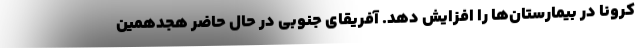
کرونا در بیمارستان‌ها را افزایش دهد. آفریقای جنوبی در حال حاضر هجدهمین